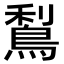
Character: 𪁐